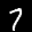
Label: 7